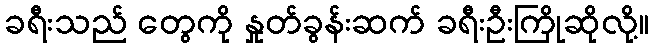
ခရီးသည် တွေကို နှုတ်ခွန်းဆက် ခရီးဦးကြိုဆိုလို့။